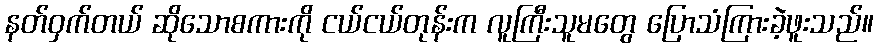
နတ်ဝှက်တယ် ဆိုသောစကားကို ငယ်ငယ်တုန်းက လူကြီးသူမတွေ ပြောသံကြားခဲ့ဖူးသည်။